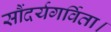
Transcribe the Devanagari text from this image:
सौंदर्यगर्विता।